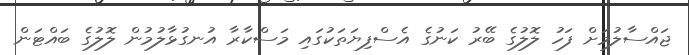
ޖައްސާލުމަށް ފަހު ލޮލުގެ ބޭރު ކަނުގެ އެސްފިޔަތަކުގައި މަސްކާރާ އުނގުޅާލުމުން ލޮލުގެ ބައްޓަން